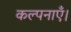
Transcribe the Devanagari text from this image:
कल्पनाएँ।